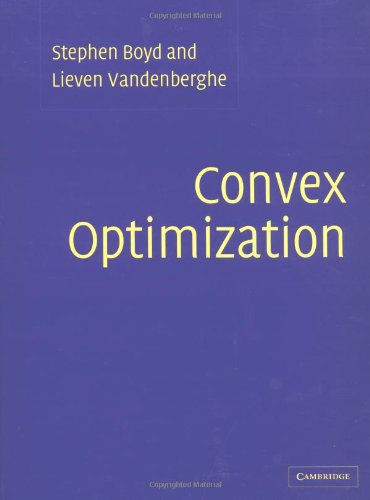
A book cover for Convex Optimization; Stephen Boyd; Science & Math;